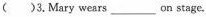
( )3.Mary wears___on stage.